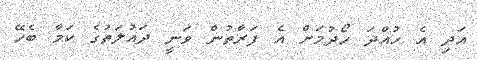
އަދި އެ ހުއްދަ ހޯދުމަށް އެ ފަރާތުން ވަނީ ދައުލަތުގެ ކަމާ ބެހޭ